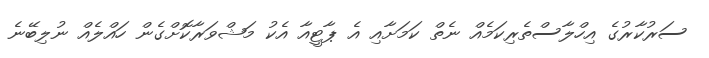
ސަރުކާރުގެ އިހްލާސްތެރިކަމެއް ނެތް ކަމަށާއި އެ ޕާޓީއާ އެކު މަޝްވަރާކޮށްގެން ހައްލެއް ނުލިބޭނެ